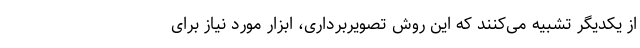
از یکدیگر تشبیه می‌کنند که این روش تصویربرداری، ابزار مورد نیاز برای